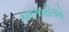
કારભારીઓ